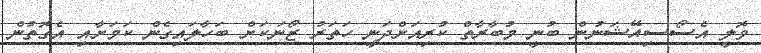
ވޮލީ އެސޯސިއޭޝަނުން ބުނީ މުބާރާތް ކުރިއަށްދަނީ ހަތަރު ޒޯނަކަށް ބަހާލައިގެން ކަމަށާއި އެގޮތުން